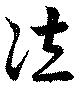
泣